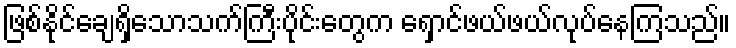
ဖြစ်နိုင်ချေရှိသောသက်ကြီးပိုင်းတွေက ရှောင်ဖယ်ဖယ်လုပ်နေကြသည်။